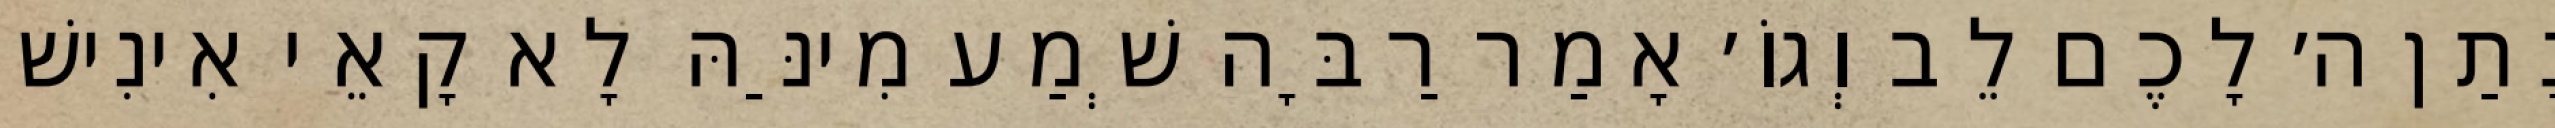
נָתַן ה׳ לָכֶם לֵב וְגוֹ׳ אָמַר רַבָּה שְׁמַע מִינַּהּ לָא קָאֵי אִינִישׁ